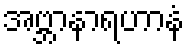
အဗ္ဘာနာရဟာနံ